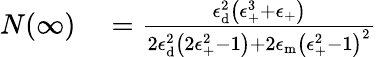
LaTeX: \begin{array}{rl}{N(\infty)}&{{}=\frac{\epsilon_{\mathrm{{d}}}^{2}\left(\epsilon_{\mathrm{+}}^{3}+\epsilon_{\mathrm{+}}\right)}{2\epsilon_{\mathrm{{d}}}^{2}\left(2\epsilon_{\mathrm{+}}^{2}-1\right)+2\epsilon_{\mathrm{{m}}}\left(\epsilon_{\mathrm{+}}^{2}-1\right)^{2}}}\end{array}